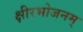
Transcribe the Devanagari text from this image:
क्षीरभोजनम्